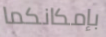
بإمكانكما